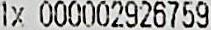
1X 000002926759